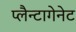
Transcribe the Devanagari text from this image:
प्लैन्टागेनेट